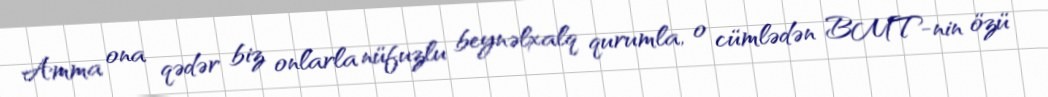
Amma ona qədər biz onlarla nüfuzlu beynəlxalq qurumla, o cümlədən BMT-nin özü